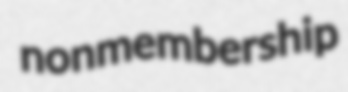
nonmembership